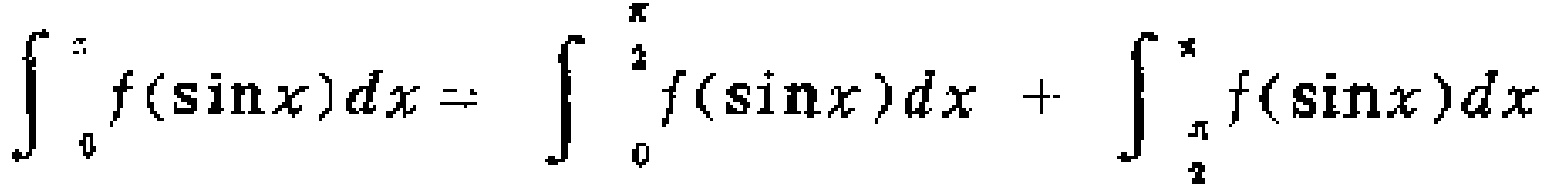
\(\int_{0}^{\pi} f(\sin x)dx = \int_{0}^{\frac{\pi}{2}} f(\sin x)dx + \int_{\frac{\pi}{2}}^{\pi} f(\sin x)dx\)